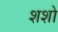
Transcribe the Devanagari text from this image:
शशो